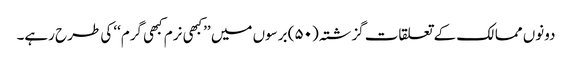
دونوں ممالک کے تعلقات گزشتہ (۵۰) برسوں میں ’’کبھی نرم کبھی گرم‘‘ کی طرح رہے۔